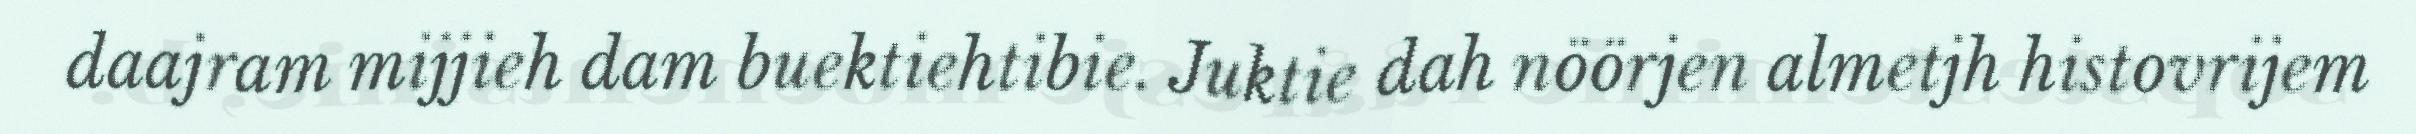
daajram mijjieh dam buektiehtibie. Juktie dah nöörjen almetjh histovrijem